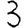
Digit: 3